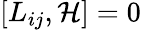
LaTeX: [L_{ij},\mathcal{H}]=0